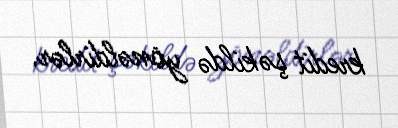
kredit şəkildə yönəldirlər.